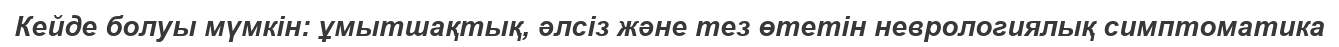
Кейде болуы мүмкін: ұмытшақтық, әлсіз және тез өтетін неврологиялық симптоматика